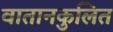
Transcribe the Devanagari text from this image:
वातानकुलित